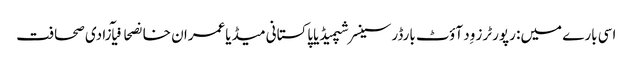
اسی بارے میں: رپورٹرز وِد آؤٹ بارڈرسینسر شپمیڈیاپاکستانی میڈیاعمران خانصحافیآزادی صحافت